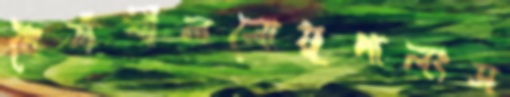
ধৈর্য্যশীললোমুপালংস